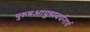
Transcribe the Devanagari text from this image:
पुरुषआयुष्यवर्धनार्थ